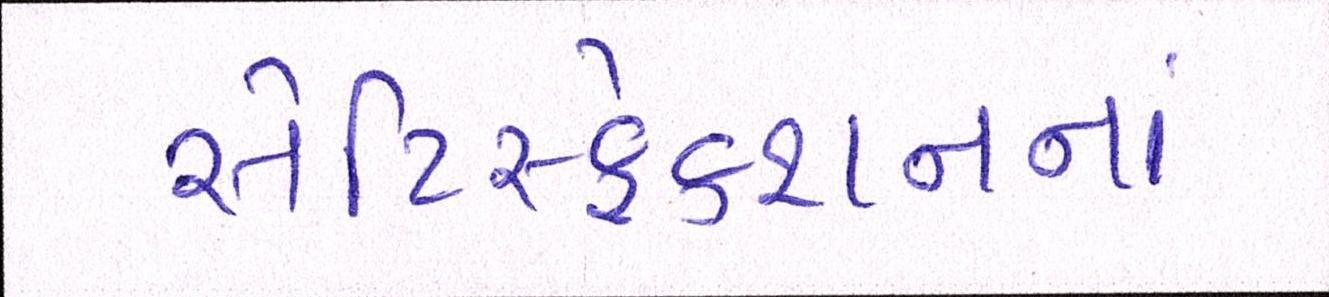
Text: સેટિસ્ફેક્શનનાં